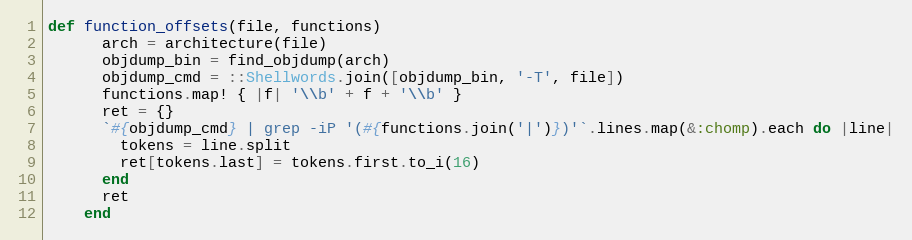
Language: Ruby
def function_offsets(file, functions)
      arch = architecture(file)
      objdump_bin = find_objdump(arch)
      objdump_cmd = ::Shellwords.join([objdump_bin, '-T', file])
      functions.map! { |f| '\\b' + f + '\\b' }
      ret = {}
      `#{objdump_cmd} | grep -iP '(#{functions.join('|')})'`.lines.map(&:chomp).each do |line|
        tokens = line.split
        ret[tokens.last] = tokens.first.to_i(16)
      end
      ret
    end